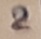
Text: 2